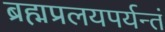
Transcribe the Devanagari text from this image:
ब्रह्मप्रलयपर्यन्तं